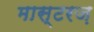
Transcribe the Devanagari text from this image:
मास्टरज़